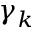
\gamma _ { k }